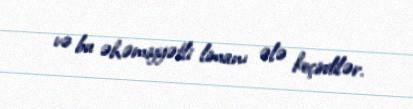
və bu əhəmiyyətli limanı ələ keçirdilər.